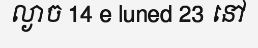
ល្ងាច 14 e luned 23 នៅ